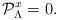
LaTeX: \begin{align*}{\cal P}^x_\Lambda = 0.\end{align*}